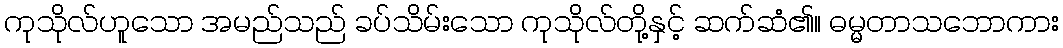
ကုသိုလ်ဟူသော အမည်သည် ခပ်သိမ်းသော ကုသိုလ်တို့နှင့် ဆက်ဆံ၏။ ဓမ္မတာသဘောကား